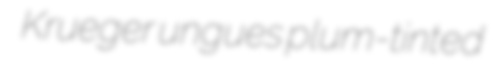
Krueger ungues plum-tinted